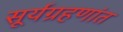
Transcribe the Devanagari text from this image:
सूर्यग्रहणांत